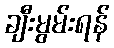
ချီးမွမ်းရန်